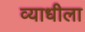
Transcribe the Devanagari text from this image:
व्याधीला